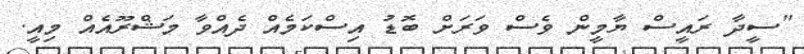
"ސީދާ ރައީސް ޔާމީން ވެސް ވަރަށް ބޮޑު އިސްކަމެއް ދެއްވާ މަޝްރޫއެއް މިއީ.